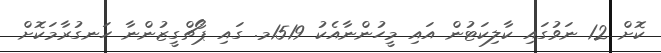
ކޮށް 12 ނަވުގައި ކާލިކަޓުން އައި މީހުންނާއެކު 1519މ. ގައި ޕޯޗްގީޒުންނާ ހަނގުރާމަކޮށް